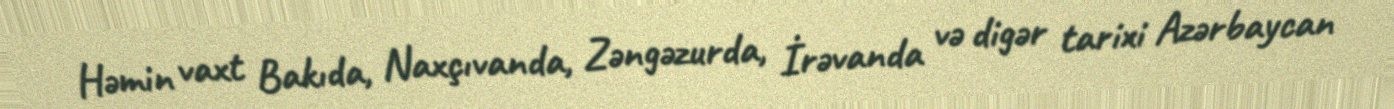
Həmin vaxt Bakıda, Naxçıvanda, Zəngəzurda, İrəvanda və digər tarixi Azərbaycan